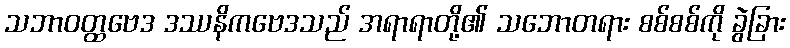
သဘာဝတ္ထဗေဒ ဒဿနိကဗေဒသည် အရာရာတို့၏ သဘောတရား စစ်စစ်ကို ခွဲခြား